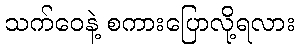
သက်ဝေနဲ့ စကားပြောလို့ရလား